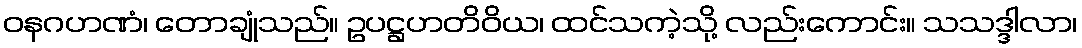
ဝနဂဟဏံ၊ တောချုံသည်။ ဥပဋ္ဌဟတိဝိယ၊ ထင်သကဲ့သို့ လည်းကောင်း။ သသဒ္ဒါလာ၊